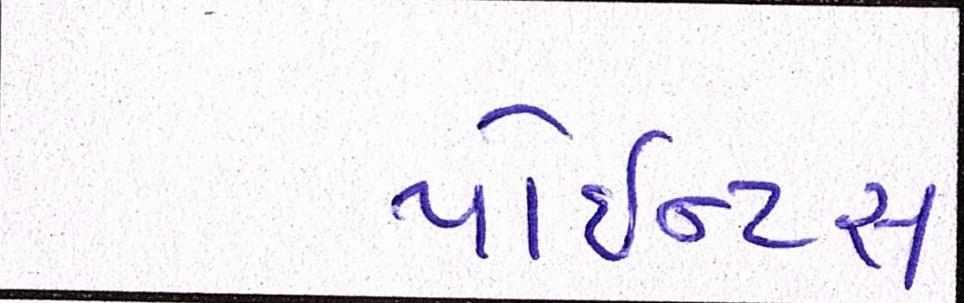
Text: પોઇન્ટસ